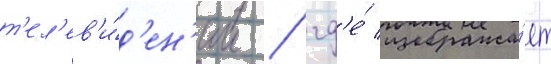
т'ел'ев'и́д'ен'ии / гд'е́ изобража́ет